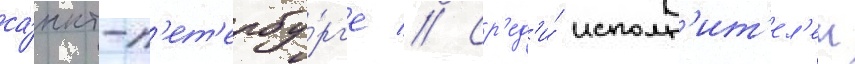
са́нкт-п'ет'ербу́рг'е // Ср'ед'и́ исполн'ит'ел'еи